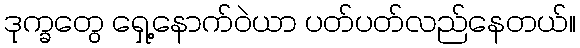
ဒုက္ခတွေ ရှေ့နောက်ဝဲယာ ပတ်ပတ်လည်နေတယ်။